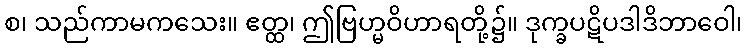
စ၊ သည်ကာမကသေး။ ဧတ္ထ၊ ဤဗြဟ္မဝိဟာရတို့၌။ ဒုက္ခပဋိပဒါဒိဘာဝေါ၊